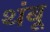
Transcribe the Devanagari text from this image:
थंबू